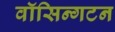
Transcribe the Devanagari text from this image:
वॉसिन्गटन